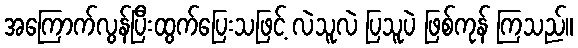
အကြောက်လွန်ပြီးထွက်ပြေးသဖြင့် လဲသူလဲ ပြသူပဲ ဖြစ်ကုန် ကြသည်။